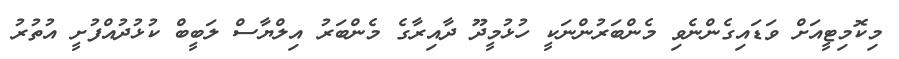
މިކޮމިޓީއަށް ވަޑައިގެންނެވި މެންބަރުންނަކީ ހުޅުމީދޫ ދާއިރާގެ މެންބަރު އިލްޔާސް ލަބީބް ކުޅުދުއްފުށީ އުތުރު